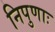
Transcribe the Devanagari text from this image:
निपुणाः